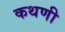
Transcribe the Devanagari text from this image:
कथणी